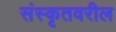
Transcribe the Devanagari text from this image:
संस्कृतवरील